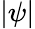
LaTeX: |\psi|